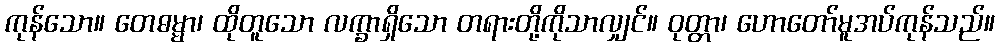
ကုန်သော။ တေဓမ္မာ၊ ထိုတူသော လက္ခာရှိသော တရားတို့ကိုသာလျှင်။ ဝုတ္တာ၊ ဟောတော်မူအပ်ကုန်သည်။